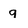
Character: q